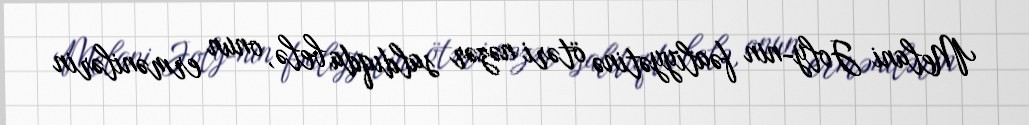
Melani Joly-nin fəaliyyətinə ötəri nəzər saldıqda belə, onun ermənilərin